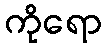
ကိုရော